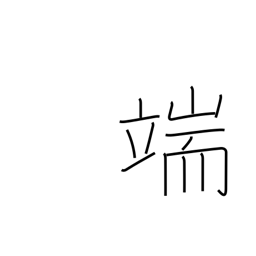
Meaning: point